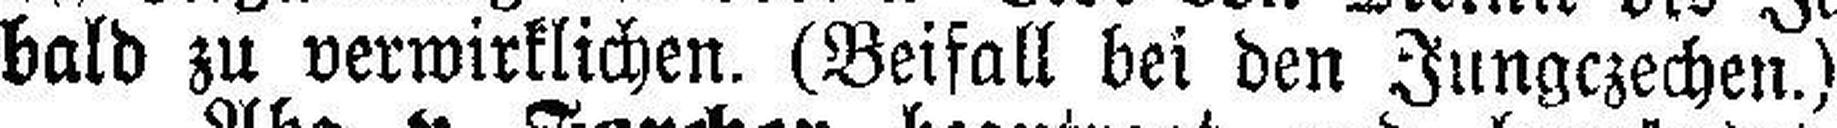
bald zu verwirklichen. (Beifall bei den Jungczechen.)